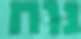
נוח